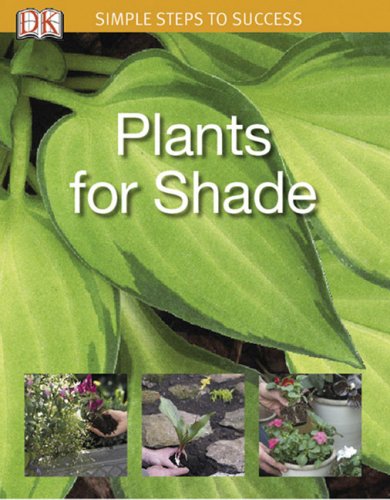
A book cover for Simple Steps to Success: Plants for Shade; DK Publishing; Crafts, Hobbies & Home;